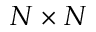
N \times N